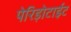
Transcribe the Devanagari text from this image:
पेरिड़ोटाईट